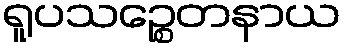
ရူပသဉ္စေတနာယ